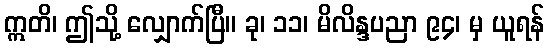
ဣတိ၊ ဤသို့ လျှောက်ပြီ။ ခု၊ ၁၁၊ မိလိန္ဒပညာ ၉၄၊ မှ ယူရန်